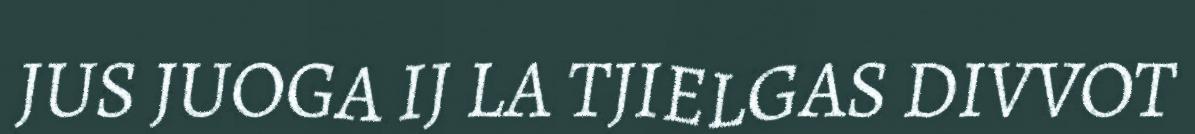
JUS JUOGA IJ LA TJIELGAS DIVVOT